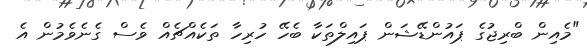
"މެއިން ބްރިޖުގެ ޕައުންޑޭޝަން ޕައިލްތަކާ ބެހޭ ހުރިހާ ތަކެއްޗެެއް ވެސް ގެނެވެމުން އެ